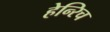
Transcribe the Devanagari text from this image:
हेन्‍रिच